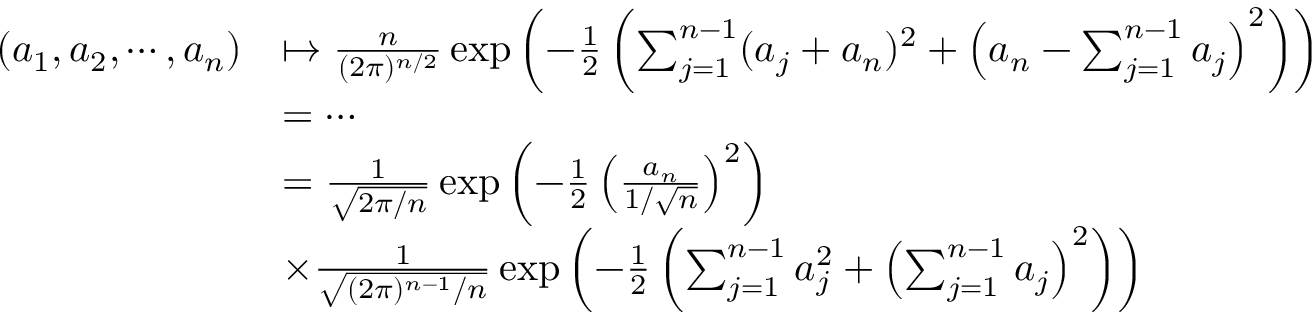
\begin{array} { r l } { ( a _ { 1 } , a _ { 2 } , \cdots , a _ { n } ) } & { \mapsto \frac { n } { ( 2 \pi ) ^ { n / 2 } } \exp \left( - \frac { 1 } { 2 } \left( \sum _ { j = 1 } ^ { n - 1 } ( a _ { j } + a _ { n } ) ^ { 2 } + \left( a _ { n } - \sum _ { j = 1 } ^ { n - 1 } a _ { j } \right) ^ { 2 } \right) \right) } \\ & { = \cdots } \\ & { = \frac { 1 } { \sqrt { 2 \pi / n } } \exp \left( - \frac { 1 } { 2 } \left( \frac { a _ { n } } { 1 / \sqrt { n } } \right) ^ { 2 } \right) } \\ & { \times \frac { 1 } { \sqrt { ( 2 \pi ) ^ { n - 1 } / n } } \exp \left( - \frac { 1 } { 2 } \left( \sum _ { j = 1 } ^ { n - 1 } a _ { j } ^ { 2 } + \left( \sum _ { j = 1 } ^ { n - 1 } a _ { j } \right) ^ { 2 } \right) \right) } \end{array}